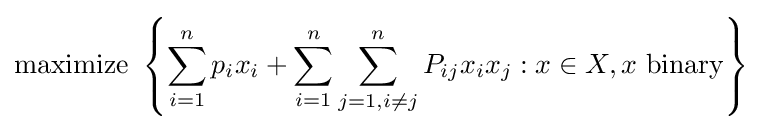
{\text{maximize }}\left\{\sum _{i=1}^{n}p_{i}x_{i}+\sum _{i=1}^{n}\sum _{j=1,i\neq j}^{n}P_{ij}x_{i}x_{j}:x\in X,x{\text{ binary}}\right\}